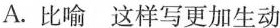
A.比喻这样写更加生动